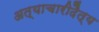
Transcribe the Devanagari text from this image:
अत्याचारीदैत्य